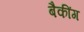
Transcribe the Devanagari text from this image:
बैकींग